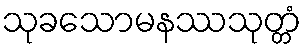
သုခသောမနဿသုတ္တံ